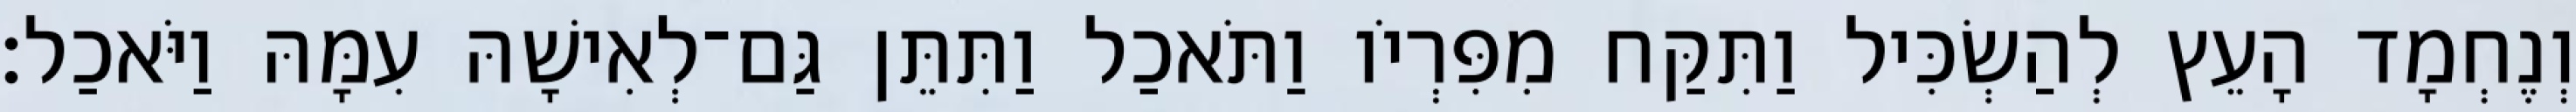
וְנֶחְמָד הָעֵץ לְהַשְׂכִּיל וַתִּקַּח מִפִּרְיֹו וַתֹּאכַל וַתִּתֵּן גַּם־לְאִישָׁהּ עִמָּהּ וַיֹּאכַל׃